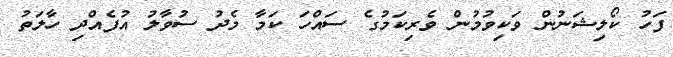
ފަހު ކޯލިޝަނުން ވަކިވުމުން ވެރިކަމުގެ ސައްހަ ކަމާ މެދު ސުވާލު އުފެއްދި ހާލަތު